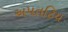
અપતટિય